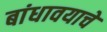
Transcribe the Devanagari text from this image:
बांधावयाचे